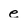
Character: e